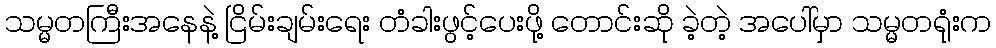
သမ္မတကြီးအနေနဲ့ ငြိမ်းချမ်းရေး တံခါးဖွင့်ပေးဖို့ တောင်းဆို ခဲ့တဲ့ အပေါ်မှာ သမ္မတရုံးက